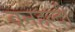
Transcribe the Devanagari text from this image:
वनहल्दी